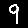
Digit: 9